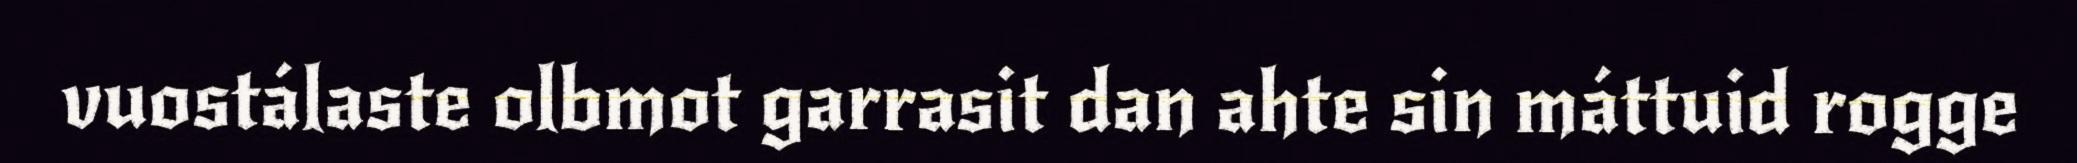
vuostálaste olbmot garrasit dan ahte sin máttuid rogge